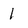
Character: 1